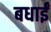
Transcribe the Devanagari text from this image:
बधाईं